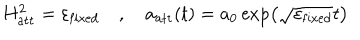
H _ { \mathrm { a t t } } ^ { 2 } = \varepsilon _ { \mathrm { f i x e d } } \quad , \quad a _ { \mathrm { a t t } } ( t ) = a _ { 0 } \exp \left( \sqrt { \varepsilon _ { \mathrm { f i x e d } } } t \right)